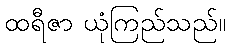
ထရီဇာ ယုံကြည်သည်။